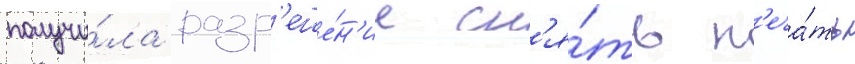
получи́ла разр'еше́н'ие сн'я́ть п'еча́ть